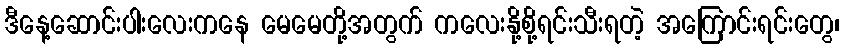
ဒီနေ့ဆောင်းပါးလေးကနေ မေမေတို့အတွက် ကလေးနို့စို့ရင်းသီးရတဲ့ အကြောင်းရင်းတွေ၊